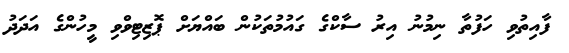
ފާއިތުވި ހަފުތާ ނިމުނު އިރު ސާކްގެ ގައުމުތަކުން ބައްޔަށް ޕޮޒިޓިވްވި މީހުންގެ އަދަދު